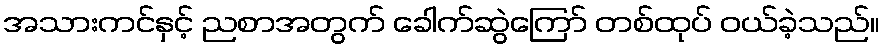
အသားကင်နှင့် ညစာအတွက် ခေါက်ဆွဲကြော် တစ်ထုပ် ဝယ်ခဲ့သည်။